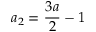
a _ { 2 } = \frac { 3 a } { 2 } - 1